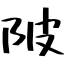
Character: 陂